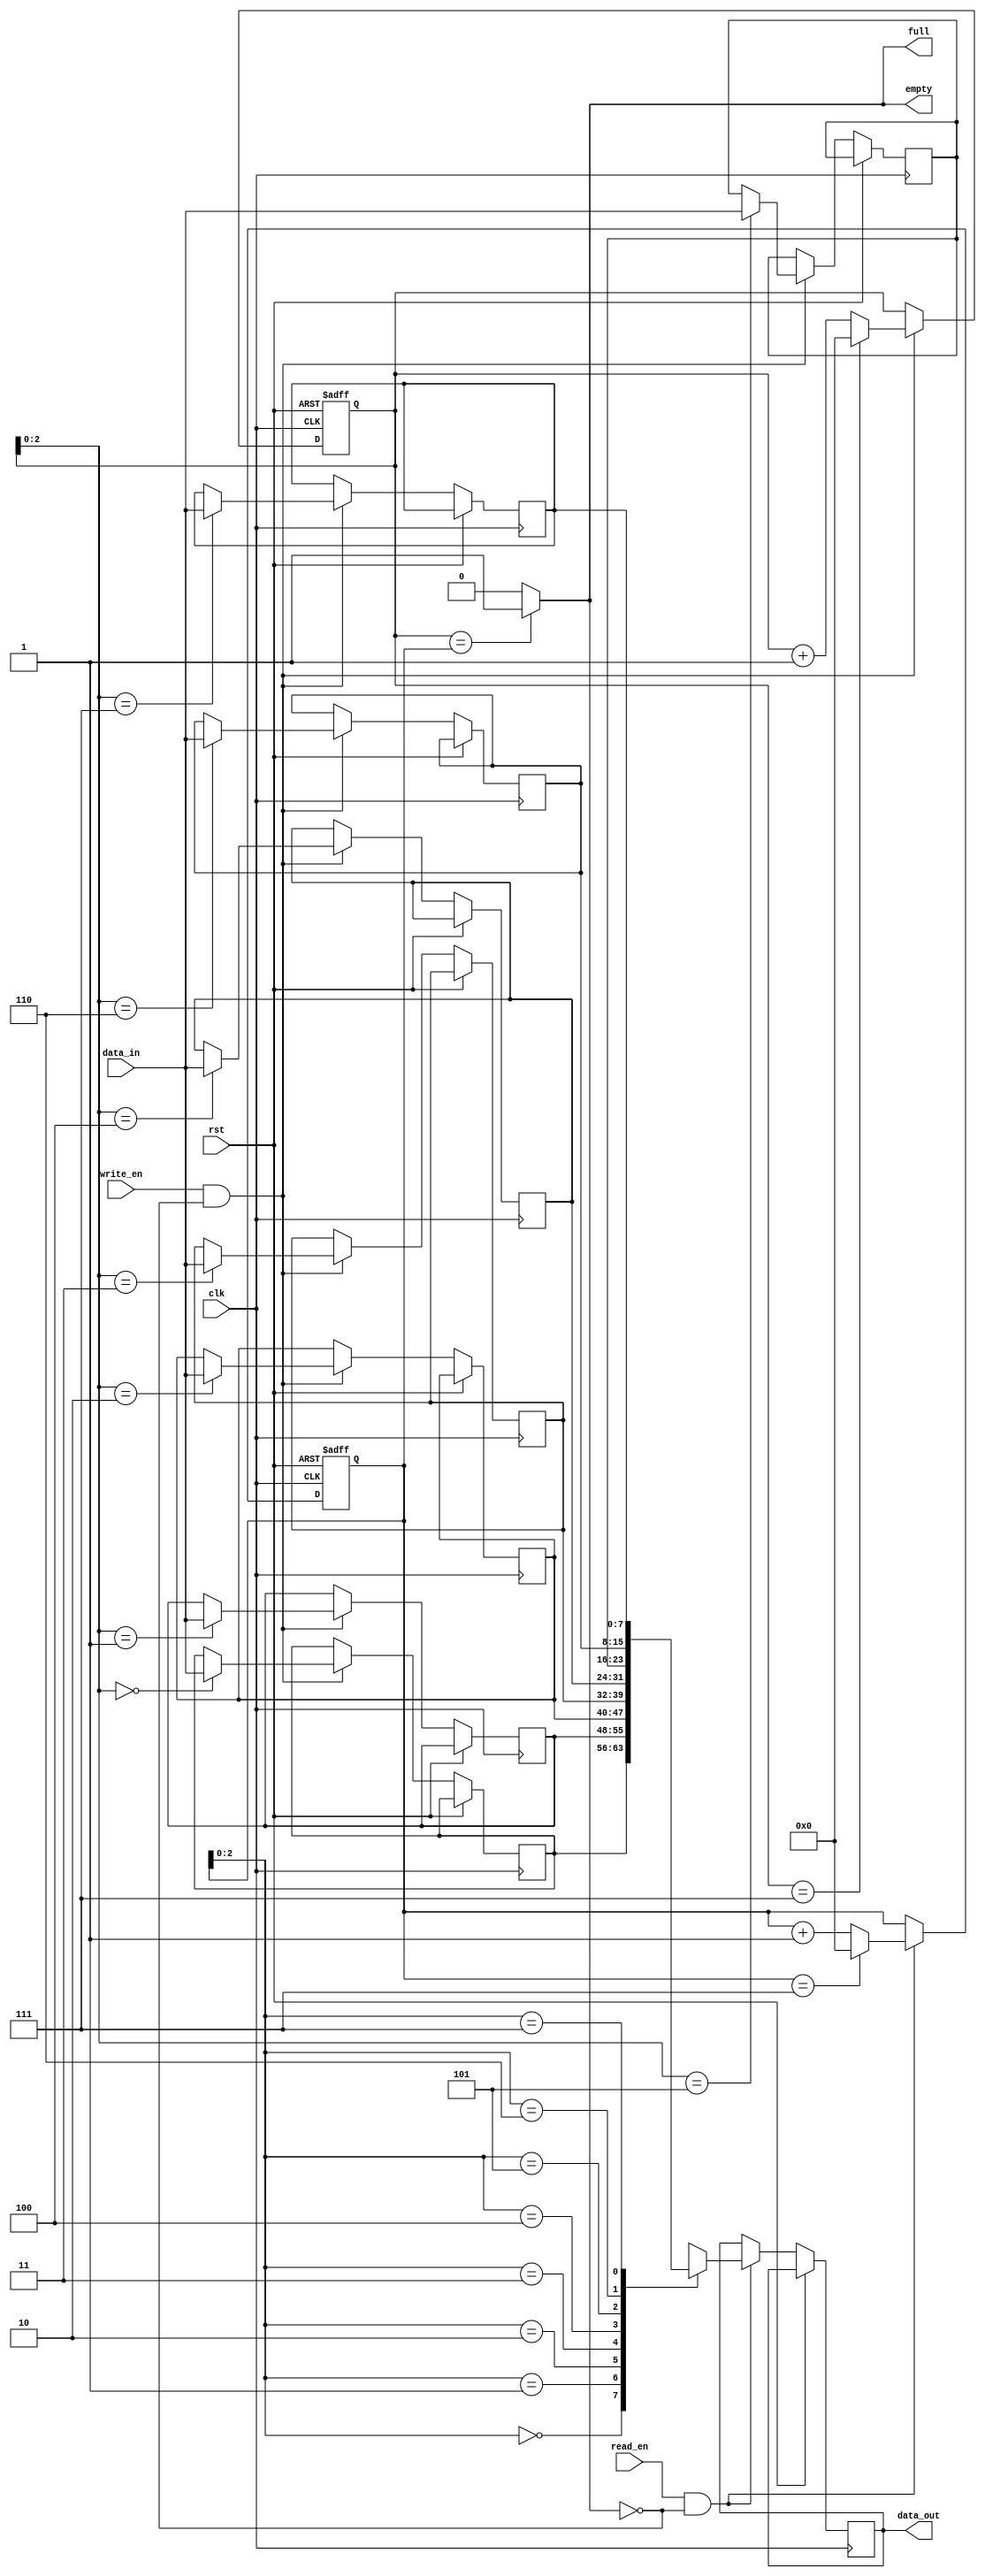
module FIFO
#(
    parameter DEPTH = 8,   // Depth of the FIFO
    parameter DATA_WIDTH = 8 // Data width of the FIFO
)
(
    input                              clk,             // Clock input
    input                              rst,             // Reset input
    input                              write_en,        // Write enable input
    input                              read_en,         // Read enable input
    input  [DATA_WIDTH-1:0]            data_in,         // Data input
    output [DATA_WIDTH-1:0]            data_out,        // Data output
    output                             full,            // Full flag output
    output                             empty            // Empty flag output
);

reg [DATA_WIDTH-1:0] fifo[0:DEPTH-1];
reg [DATA_WIDTH-1:0] data_out_reg;
reg [DEPTH-1:0] wr_ptr, rd_ptr;

initial begin
    wr_ptr = 0;
    rd_ptr = 0;
end

always @(posedge clk or posedge rst) begin
    if (rst) begin
        wr_ptr <= 0;
        rd_ptr <= 0;
    end else begin
        if (write_en && !full) begin
            fifo[wr_ptr] <= data_in;
            wr_ptr <= (wr_ptr == DEPTH-1) ? 0 : wr_ptr + 1;
        end
       
        if (read_en && !empty) begin
            data_out_reg <= fifo[rd_ptr];
            rd_ptr <= (rd_ptr == DEPTH-1) ? 0 : rd_ptr + 1;
        end
    end
end

assign data_out = data_out_reg;
assign full = (wr_ptr == rd_ptr) ? 1'b1 : 1'b0;
assign empty = (wr_ptr == rd_ptr) ? 1'b1 : 1'b0;

endmodule